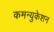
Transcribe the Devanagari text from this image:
कमन्युकेशन